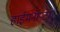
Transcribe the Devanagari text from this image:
हाईमनोप्टेरा